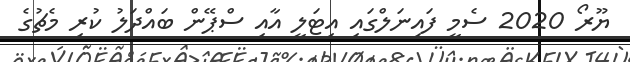
ޔޫރޯ 2020 ސެމީ ފައިނަލްގައި އިޓަލީ އާއި ސްޕޭން ބައްދަލު ކުރި މެޗުގެ